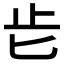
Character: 𣥅